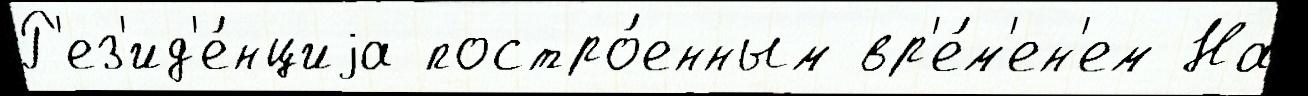
Р'ез'ид'е́нциjа постро́енным вр'е́м'ен'ем На